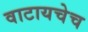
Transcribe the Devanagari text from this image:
वाटायचेच